Source: Computer-generated
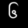
Digit: ၆ (6)